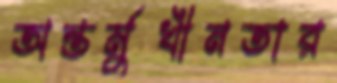
অন্তর্মুখীনতার